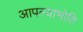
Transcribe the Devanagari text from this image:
आपल्याभोति